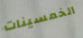
الخمسينات